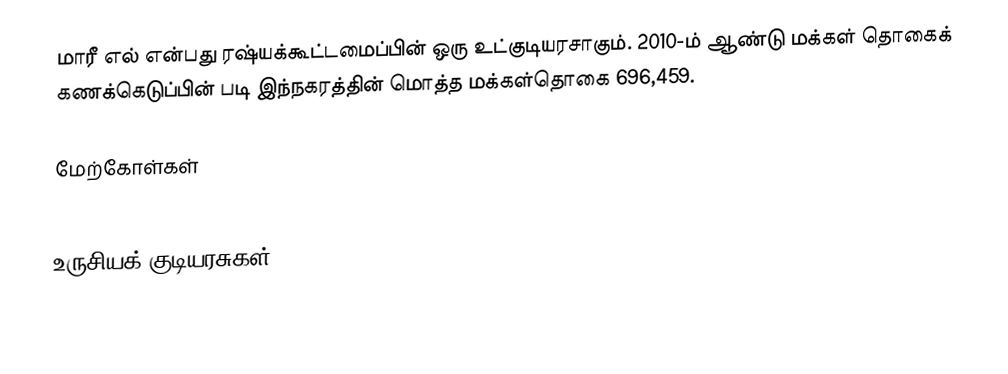
மாரீ எல் என்பது ரஷ்யக்கூட்டமைப்பின் ஒரு உட்குடியரசாகும். 2010-ம் ஆண்டு மக்கள் தொகைக் கணக்கெடுப்பின் படி இந்நகரத்தின் மொத்த மக்கள்தொகை 696,459.

மேற்கோள்கள்

உருசியக் குடியரசுகள்